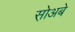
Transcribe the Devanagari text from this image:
स़ोअबे